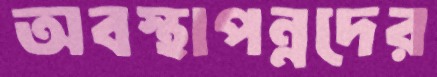
অবস্থাপন্নদের